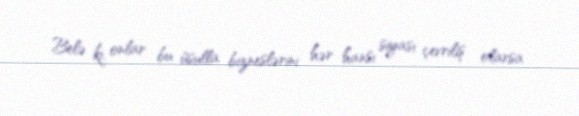
Belə ki, onlar bu üsulla bizneslərini hər hansı siyası çevriliş olarsa